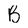
Character: B